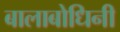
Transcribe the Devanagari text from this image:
बालाबोधिनी